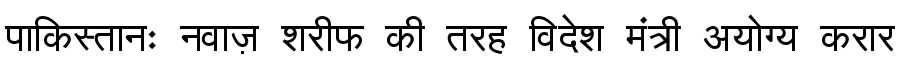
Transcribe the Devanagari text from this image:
पाकिस्तानः नवाज़ शरीफ की तरह विदेश मंत्री अयोग्य करार